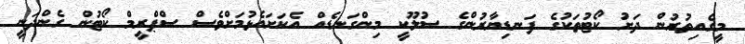
މީގެއިތުރުން ދަށު ކޯޓުތަކުގެ ފަނޑިޔާރުންގެ ސުލޫކީ މިންގަނޑެއް އެކަށައެޅުމަށްވެސް ސްޕްރީމް ކޯޓުން ގެންދަނީ